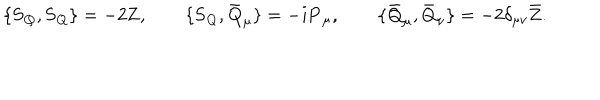
LaTeX: \{ \mathbf { S } _ { Q } , \mathbf { S } _ { Q } \} = - 2 \mathbf { Z } , \qquad \{ \mathbf { S } _ { Q } , \mathbf { \bar { Q } } _ { \mu } \} = - i \mathbf { P } _ { \mu } , \qquad \{ \mathbf { \bar { Q } } _ { \mu } , \mathbf { \bar { Q } } _ { \nu } \} = - 2 \delta _ { \mu \nu } \mathbf { \bar { Z } } .